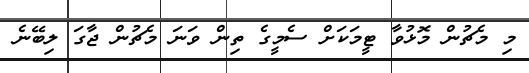
މި މެޗުން މޮޅުވާ ޓީމަކަށް ސެމީގެ ތިން ވަނަ މެޗުން ޖާގަ ލިބޭނެ